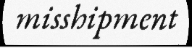
misshipment